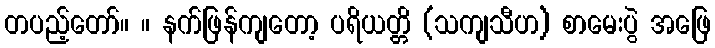
တပည့်တော်။ ။ နက်ဖြန်ကျတော့ ပရိယတ္တိ (သကျသီဟ) စာမေးပွဲ အဖြေ